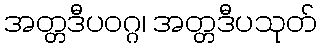
အတ္တဒီပဝဂ္ဂ၊ အတ္တဒီပသုတ်